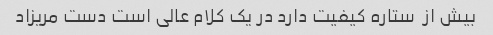
بیش از  ستاره کیفیت دارد در یک کلام عالی است دست مریزاد